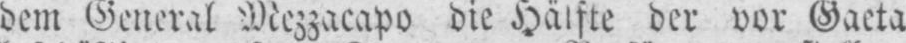
dem General Mezzacapo die Hälfte der vor Gaeta